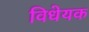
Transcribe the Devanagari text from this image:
विधेयक